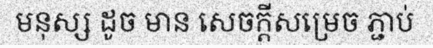
មនុស្ស ដូច មាន សេចក្តីសម្រេច ភ្ជាប់